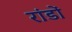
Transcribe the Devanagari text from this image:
रांडों